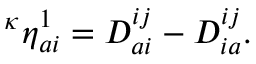
\begin{array} { r } { { ^ \kappa \eta } _ { a i } ^ { 1 } = D _ { a i } ^ { i j } - D _ { i a } ^ { i j } . } \end{array}